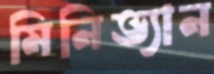
মিনিভ্যান